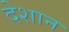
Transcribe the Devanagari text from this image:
देशान